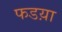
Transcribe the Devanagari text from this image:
फडय़ा